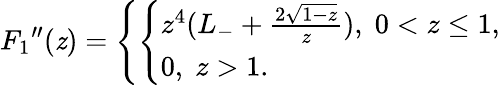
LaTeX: {F_{1}}^{\prime\prime}(\mathit{z})=\left\{ \left\{ \begin{array}{ll}{{z^{4}(L_{-}+{\frac{2\sqrt{1-z}}{z}}),\; 0<z\le 1,}}\\ {{0,\; z>1.}}\end{array}\right.\right.